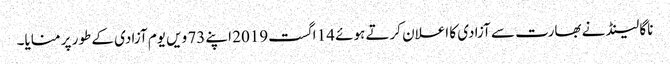
ناگا لینڈ نے بھارت سے آزادی کا اعلان کرتے ہوئے 14 اگست2019 اپنے 73 ویں یوم آزادی کے طور پر منایا۔